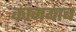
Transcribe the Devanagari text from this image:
कांमयाब